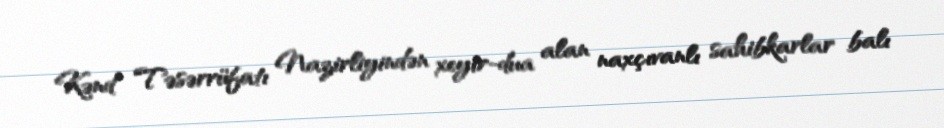
Kənd Təsərrüfatı Nazirliyindən xeyir-dua alan naxçıvanlı sahibkarlar balı